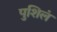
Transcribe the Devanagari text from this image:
पुशिलं